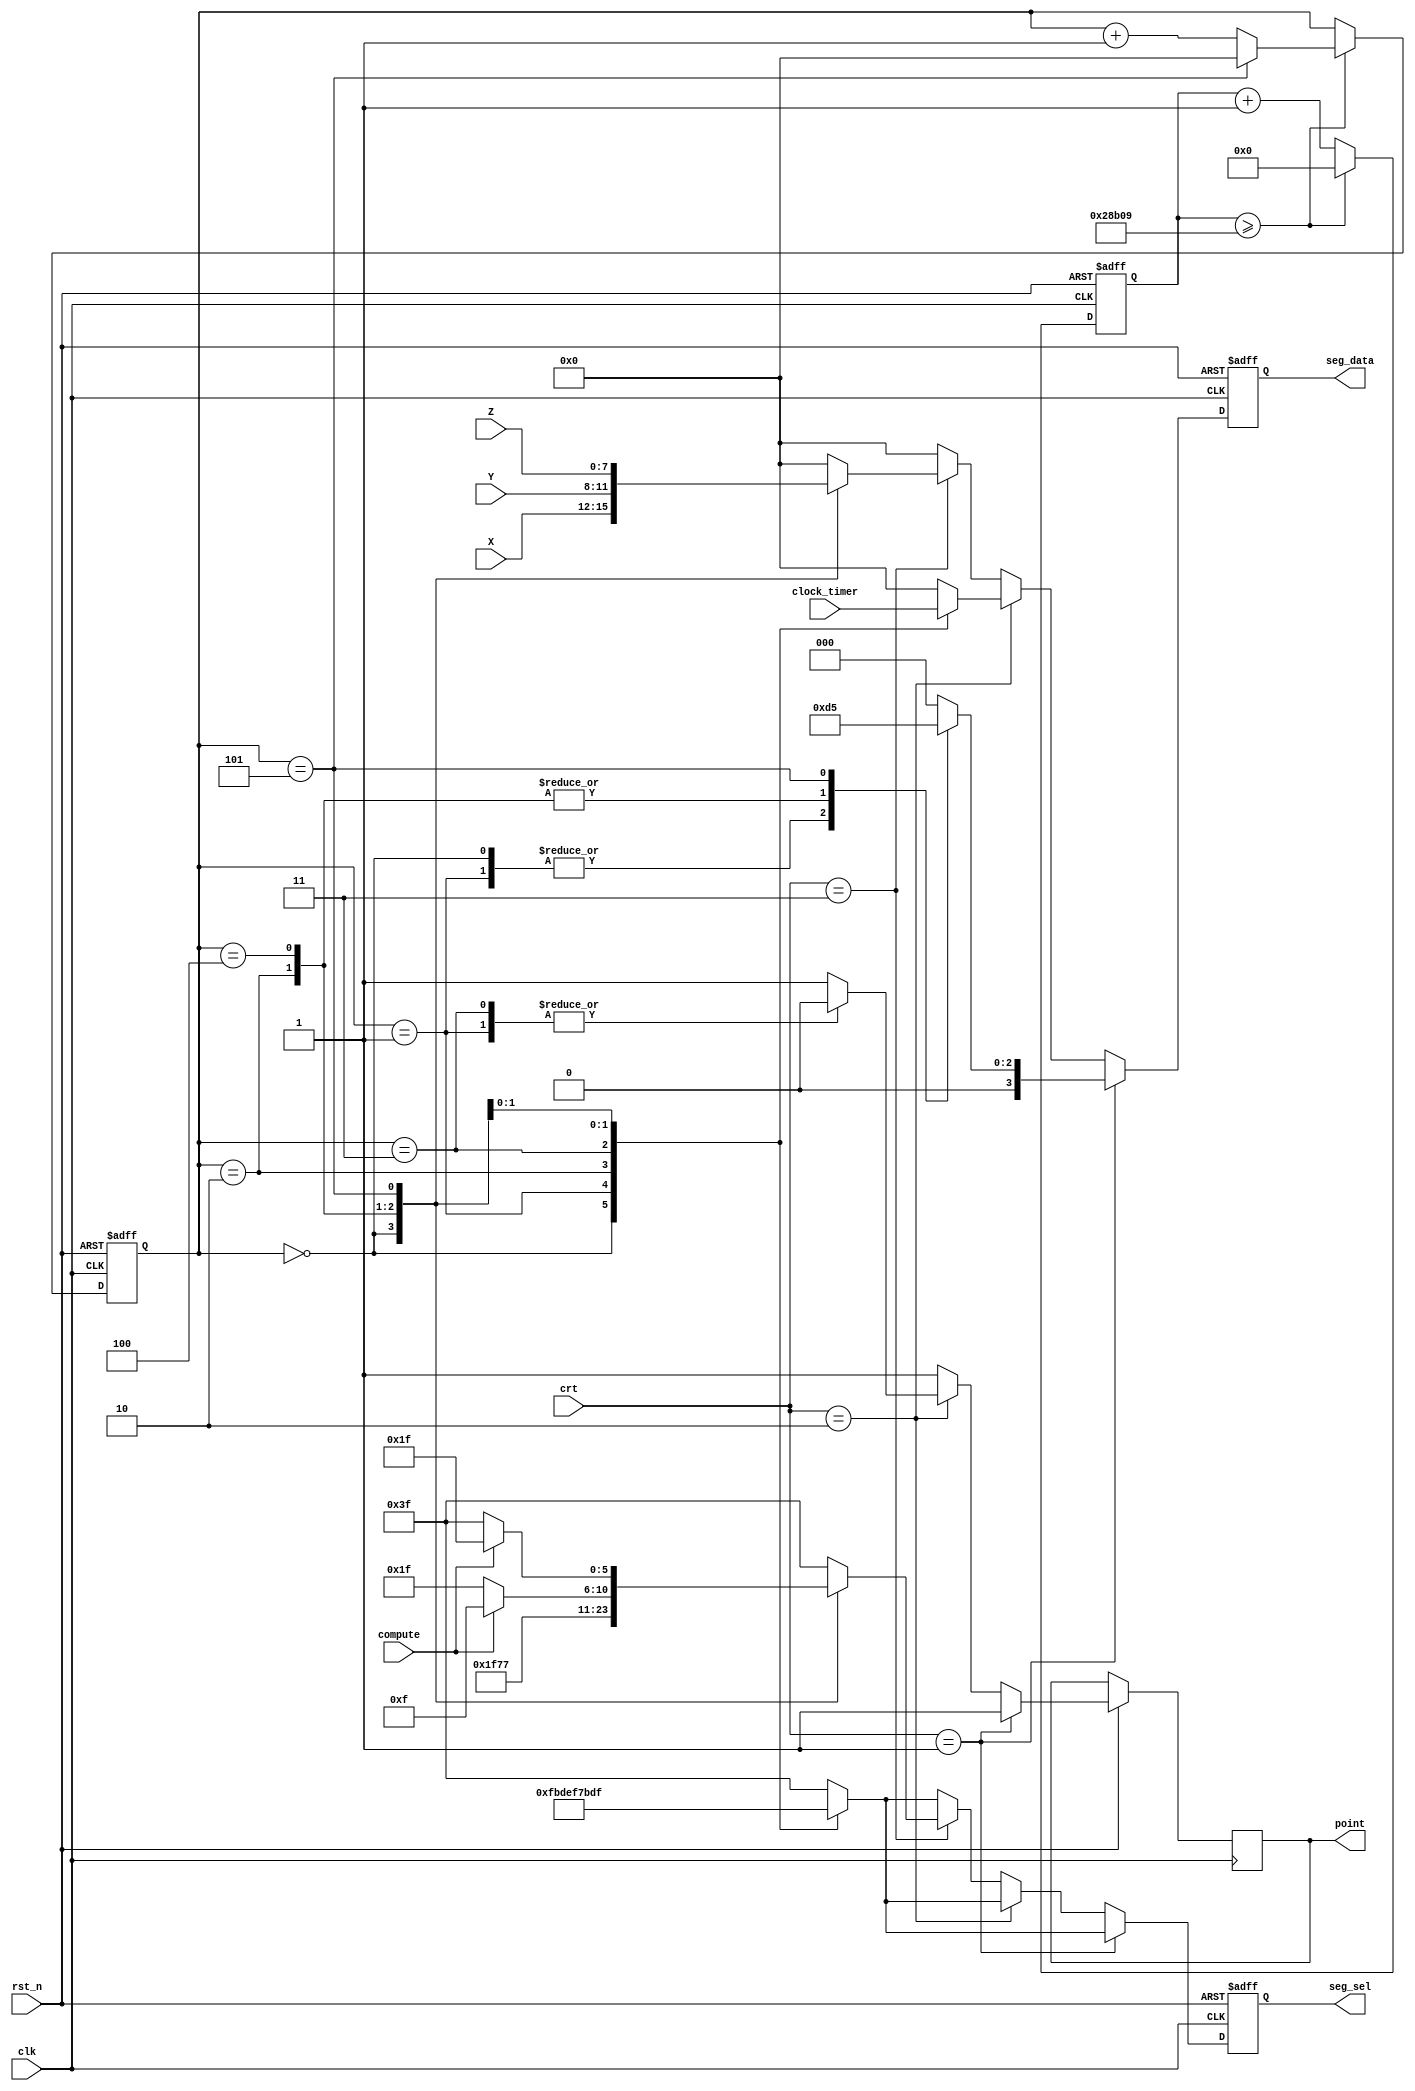
//
//
//

module seg_data(
		input clk,
		input rst_n,
		input [1:0] crt,					//
		input [23:0]clock_timer,			//
		input [7:0] Z,						//
		input [3:0] X,						//
		input [3:0] Y,
		input compute,						//
		output reg [5:0] seg_sel,			//
		output reg [3:0] seg_data,			//
		output reg point					//
);

	parameter SCAN_FREQ=50;
	parameter CLK_FREQ = 50000000;
	parameter SCAN_COUNT = CLK_FREQ/(SCAN_FREQ*6) - 1;
	reg[31:0] scan_timer;
	reg[3:0] scan_sel;
//
always@ (posedge clk or negedge rst_n)
begin
	if(rst_n == 1'b0)
	begin
		scan_timer <= 32'd0;
		scan_sel <= 4'd0;
		
	end
	else if(scan_timer >= SCAN_COUNT)
	begin
		scan_timer <= 32'd0;
		if(scan_sel == 4'd5)
			scan_sel <= 4'd0;
		else
			scan_sel <= scan_sel+4'd1;
	end
		else
			scan_timer <= scan_timer+32'd1;
end
		

//	
always@(posedge clk or negedge rst_n)
begin 

	if(rst_n == 1'b0)
		begin
			seg_sel <= 6'b111111;
			seg_data <= 0;
			
			
			
		end
	else if (crt == 2'b01) //
		begin
		point <= 1;
			case(scan_sel)
				4'd0:
					begin 
						seg_data <= 3;
						seg_sel <= 6'b11_1110;
						
					end
				4'd1:
					begin 
						seg_sel <= 6'b11_1101;
						seg_data <= 3;
						
					end
				4'd2:
					begin 
						seg_sel <= 6'b11_1011;
						seg_data <= 2;
						end
				4'd3:
					begin 
						seg_sel <= 6'b11_0111;
						seg_data <= 0;

					end
				4'd4:
					begin 
						seg_sel <= 6'b10_1111;
						seg_data <= 2;

					end
				4'd5:
					begin 
						seg_sel <= 6'b01_1111;
						seg_data <= 5;
						
					end
				default:
					begin
						seg_sel <= 6'b11_1111;
						seg_data <= 0;
					end
			endcase
	   end
	else if (crt == 2'b10)//
		begin
		point <= 1;
			case(scan_sel)
				4'd0:
					begin 
						seg_data <= clock_timer[23:20];
						seg_sel <= 6'b11_1110;
					end
				4'd1:
					begin 
						seg_sel <= 6'b11_1101;
						seg_data <= clock_timer[19:16];
						point <= 0;		//
					end
				4'd2:
					begin 
						seg_sel <= 6'b11_1011;
						seg_data <= clock_timer[15:12];
					end
				4'd3:
					begin 
						seg_sel <= 6'b11_0111;
						seg_data <= clock_timer[11:8];
						point <= 0;		//
					end
				4'd4:
					begin 
						seg_sel <= 6'b10_1111;
						seg_data <= clock_timer[7:4];
						
						
					end
				4'd5:
					begin 
						seg_sel <= 6'b01_1111;
						seg_data <= clock_timer[3:0];
					end
				default:
					begin
						seg_sel <= 6'b11_1111;
						seg_data <= 0;
					end
			endcase
	   end
	else if (crt == 2'b11)//
		begin
		point <= 1;
			case(scan_sel)
				4'd0:
					begin 
						seg_data <= X;
						seg_sel <= 6'b11_1110;
					end
			//
				4'd2:
					begin 
						seg_sel <= 6'b11_1011;
						seg_data <= Y;
					end

				4'd4:
					begin
						if(compute) //
							begin	
								seg_sel <= 6'b10_1111;
								seg_data <= Z[7:4];
							end
						else
								seg_sel <= 6'b11_1111;
								seg_data <= Z[7:4];
					end
				4'd5:
					begin 
						if(compute)  //
							begin
								seg_sel <= 6'b01_1111;
								seg_data <= Z[3:0];
							end
						else
								seg_sel <= 6'b11_1111;
								seg_data <= Z[3:0];
					end
				default:
					begin
						seg_sel <= 6'b11_1111;
						seg_data <= 0;
					end
			endcase
	   end
	else                 //
		begin
		point <= 1;
			case(scan_sel)
				4'd0:
					begin 
						seg_data <= 0;
						seg_sel <= 6'b11_1110;
					end
				4'd1:
					begin 
						seg_sel <= 6'b11_1101;
						seg_data <= 0;
					end
				4'd2:
					begin 
						seg_sel <= 6'b11_1011;
						seg_data <= 0;
					end
				4'd3:
					begin 
						seg_sel <= 6'b11_0111;
						seg_data <= 0;
					end
				4'd4:
					begin 
						seg_sel <= 6'b10_1111;
						seg_data <= 0;
					end
				4'd5:
					begin 
						seg_sel <= 6'b01_1111;
						seg_data <= 0;
					end
				default:
					begin
						seg_sel <= 6'b11_1111;
						seg_data <= 0;
					end
			endcase
	   end
	
end
endmodule